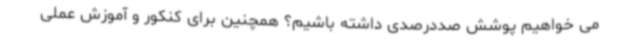
می خواهیم پوشش صددرصدی داشته باشیم؟ همچنین برای کنکور و آموزش عملی